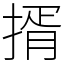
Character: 揟